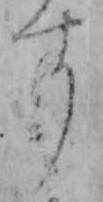
す